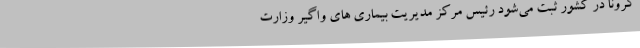
کرونا در کشور ثبت می‌شود رئیس مرکز مدیریت بیماری های واگیر وزارت